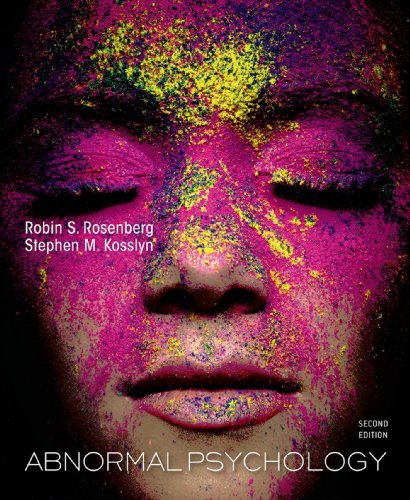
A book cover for Abnormal Psychology; Robin Rosenberg; Medical Books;